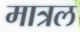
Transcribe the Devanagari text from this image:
मात्रल